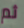
ثم